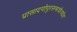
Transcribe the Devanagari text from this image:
प्रासादगोपुरसभाचैत्यदेव